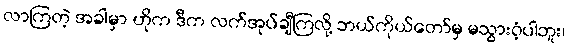
လာကြတဲ့ အခါမှာ ဟိုက ဒီက လက်အုပ်ချီကြလို့ ဘယ်ကိုယ်တော်မှ မသွားဝံ့ပါဘူး၊